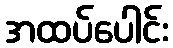
အထပ်ပေါင်း